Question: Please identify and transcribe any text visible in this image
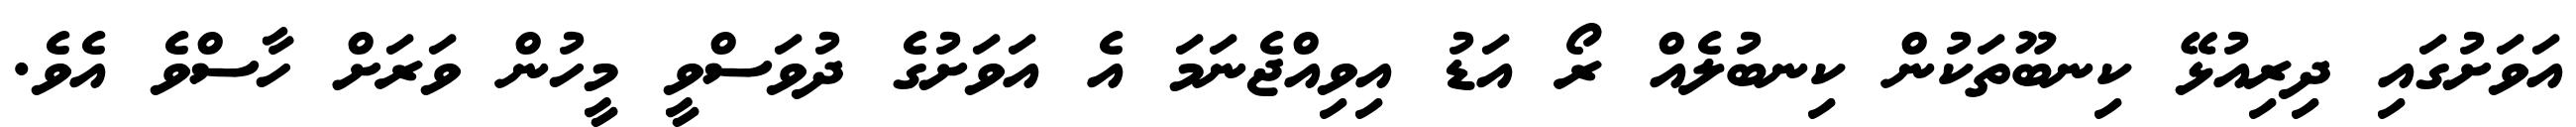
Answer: އަވަށުގައި ދިރިއުޅޭ ކިނބޫތަކުން ކިނބުލެއް ރޯ އަޑު އިވިއްޖެނަމަ އެ އަވަށުގެ ދުވަސްވީ މީހުން ވަރަށް ހާސްވެ އެވެ.